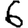
Digit: 6